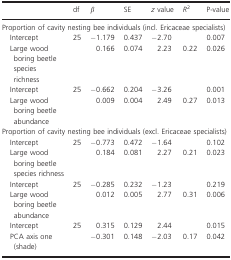
|  | df | β | SE | z value | R2 | P‐value |
 | --- | --- | --- | --- | --- | --- | --- |
 | <COLSPAN=7> Proportion of cavity nesting bee individuals (incl. Ericaceae specialists) |
 | Intercept | 25 | −1.179 | 0.437 | −2.70 |  | 0.007 |
 | Large wood boring beetle species richness |  | 0.166 | 0.074 | 2.23 | 0.22 | 0.026 |
 | Intercept | 25 | −0.662 | 0.204 | −3.26 |  | 0.001 |
 | Large wood boring beetle abundance |  | 0.009 | 0.004 | 2.49 | 0.27 | 0.013 |
 | <COLSPAN=7> Proportion of cavity nesting bee individuals (excl. Ericaceae specialists) |
 | Intercept | 25 | −0.773 | 0.472 | −1.64 |  | 0.102 |
 | Large wood boring beetle species richness |  | 0.184 | 0.081 | 2.27 | 0.21 | 0.023 |
 | Intercept | 25 | −0.285 | 0.232 | −1.23 |  | 0.219 |
 | Large wood boring beetle abundance |  | 0.012 | 0.005 | 2.77 | 0.31 | 0.006 |
 | Intercept | 25 | 0.315 | 0.129 | 2.44 |  | 0.015 |
 | PCA axis one (shade) |  | −0.301 | 0.148 | −2.03 | 0.17 | 0.042 |